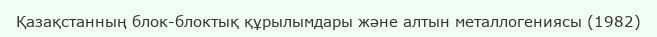
Қазақстанның блок-блоктық құрылымдары және алтын металлогениясы (1982)